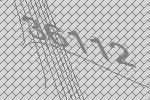
36112